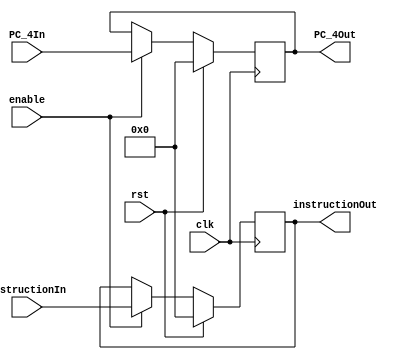
`timescale 1ns/1ns

module IF_ID_Reg ( clk, rst, enable, instructionIn, instructionOut, PC_4In, PC_4Out ) ;

	input clk, rst, enable ;
	input[31:0] instructionIn, PC_4In ;
	output[31:0] instructionOut, PC_4Out ;
	reg[31:0] T_instructionOut, T_PC_4Out ;

	always @( posedge clk ) begin

		if( rst ) begin

			T_PC_4Out <= 32'b0 ;
			T_instructionOut <= 32'b0 ;

		end

		else if ( enable ) begin

			T_PC_4Out <= PC_4In ;
			T_instructionOut <= instructionIn ;

		end

	end

	assign PC_4Out = T_PC_4Out ;
	assign instructionOut = T_instructionOut ;


endmodule